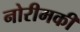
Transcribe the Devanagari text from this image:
नोरीमकी